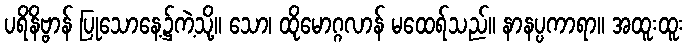
ပရိနိဗ္ဗာန် ပြုသောနေ့၌ကဲ့သို့။ သော၊ ထိုမောဂ္ဂလာန် မထေရ်သည်။ နာနပ္ပကာရာ။ အထူးထူး